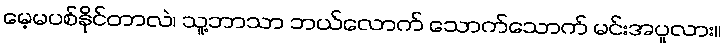
မေ့မပစ်နိုင်တာလဲ၊ သူ့ဘာသာ ဘယ်လောက် သောက်သောက် မင်းအပူလား။